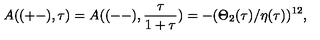
A ( ( + - ) , \tau ) = A ( ( -- ) , \frac { \tau } { 1 + \tau } ) = - ( \Theta _ { 2 } ( \tau ) / \eta ( \tau ) ) ^ { 1 2 } ,